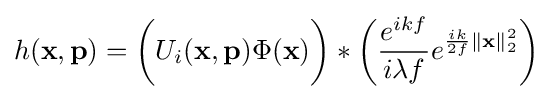
h(\mathbf {x} ,\mathbf {p} )={\biggl (}U_{i}(\mathbf {x} ,\mathbf {p} )\Phi (\mathbf {x} ){\biggr )}*{\biggl (}{\frac {e^{ikf}}{i\lambda f}}e^{{\frac {ik}{2f}}\mathbf {\|} \mathbf {x} \|_{2}^{2}}{\biggr )}